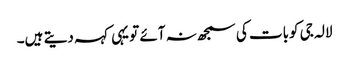
لالہ جی کوبات کی سمجھ نہ آئے تو یہی کہہ دیتے ہیں۔